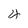
Character: 4